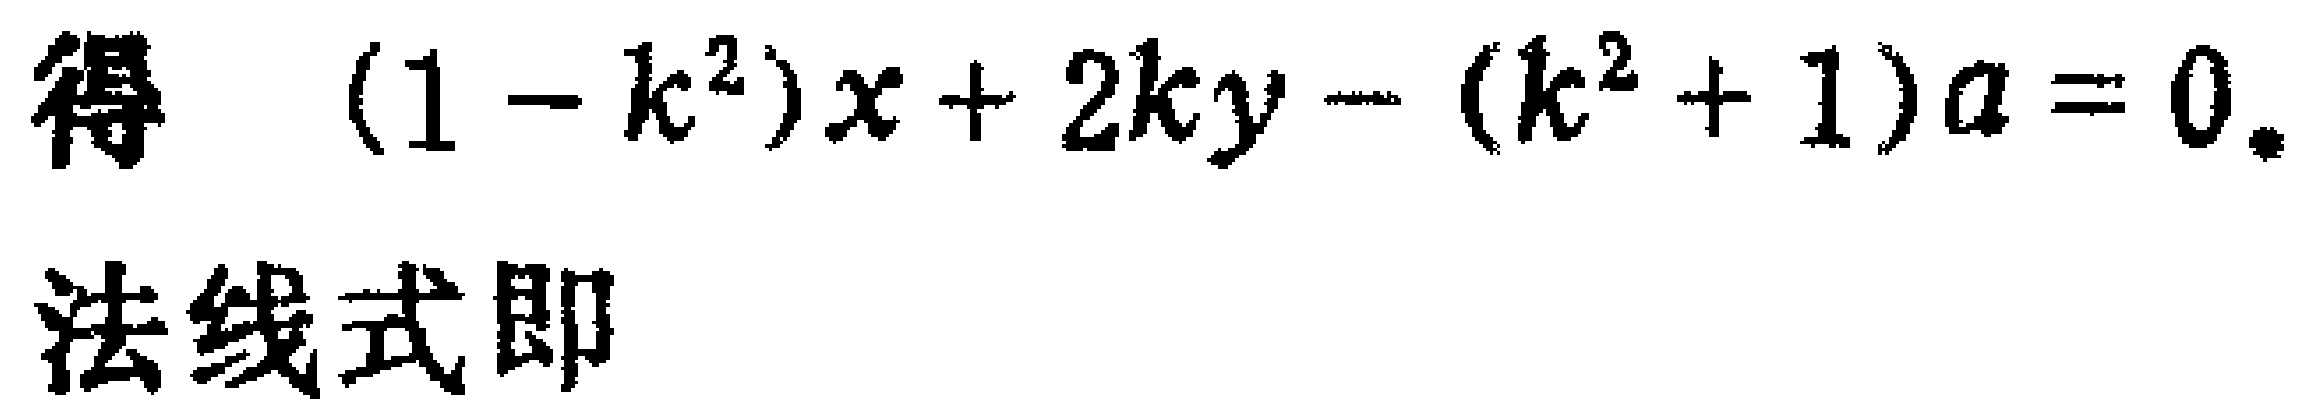
得 \((1 - k^{2})x + 2ky - (k^{2} + 1)a = 0\)。

法线式即